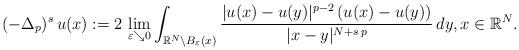
LaTeX: \begin{align*}(- \Delta_p)^s\, u(x):= 2\, \lim_{\varepsilon \searrow 0} \int_{\mathbb{R}^N \setminus B_\varepsilon(x)} \frac{|u(x) - u(y)|^{p-2}\, (u(x) - u(y))}{|x - y|^{N+s\,p}}\, dy, x \in \mathbb{R}^N.\end{align*}